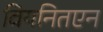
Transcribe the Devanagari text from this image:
वियनितएन